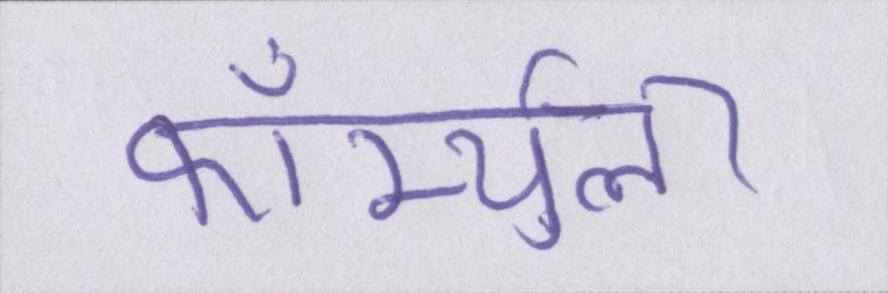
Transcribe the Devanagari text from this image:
फॉर्म्युला